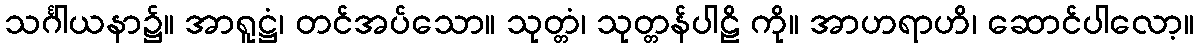
သင်္ဂါယနာ၌။ အာရူဋ္ဌံ၊ တင်အပ်သော။ သုတ္တံ၊ သုတ္တန်ပါဠိ ကို။ အာဟရာဟိ၊ ဆောင်ပါလော့။